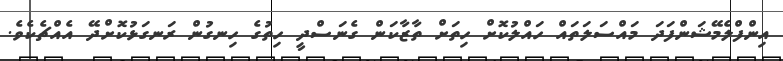
އިންފްލެމޭޝަންފަދަ މައްސަލަތައް ހައްލުކޮށް ހިތަށް ތާޒާކަން ގެނަސްދީ ހިތުގެ ހިނގުން ރަނގަޅުކޮށްދޭ އެއްޗެކެވެ.